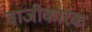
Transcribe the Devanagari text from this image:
वाजीकारक